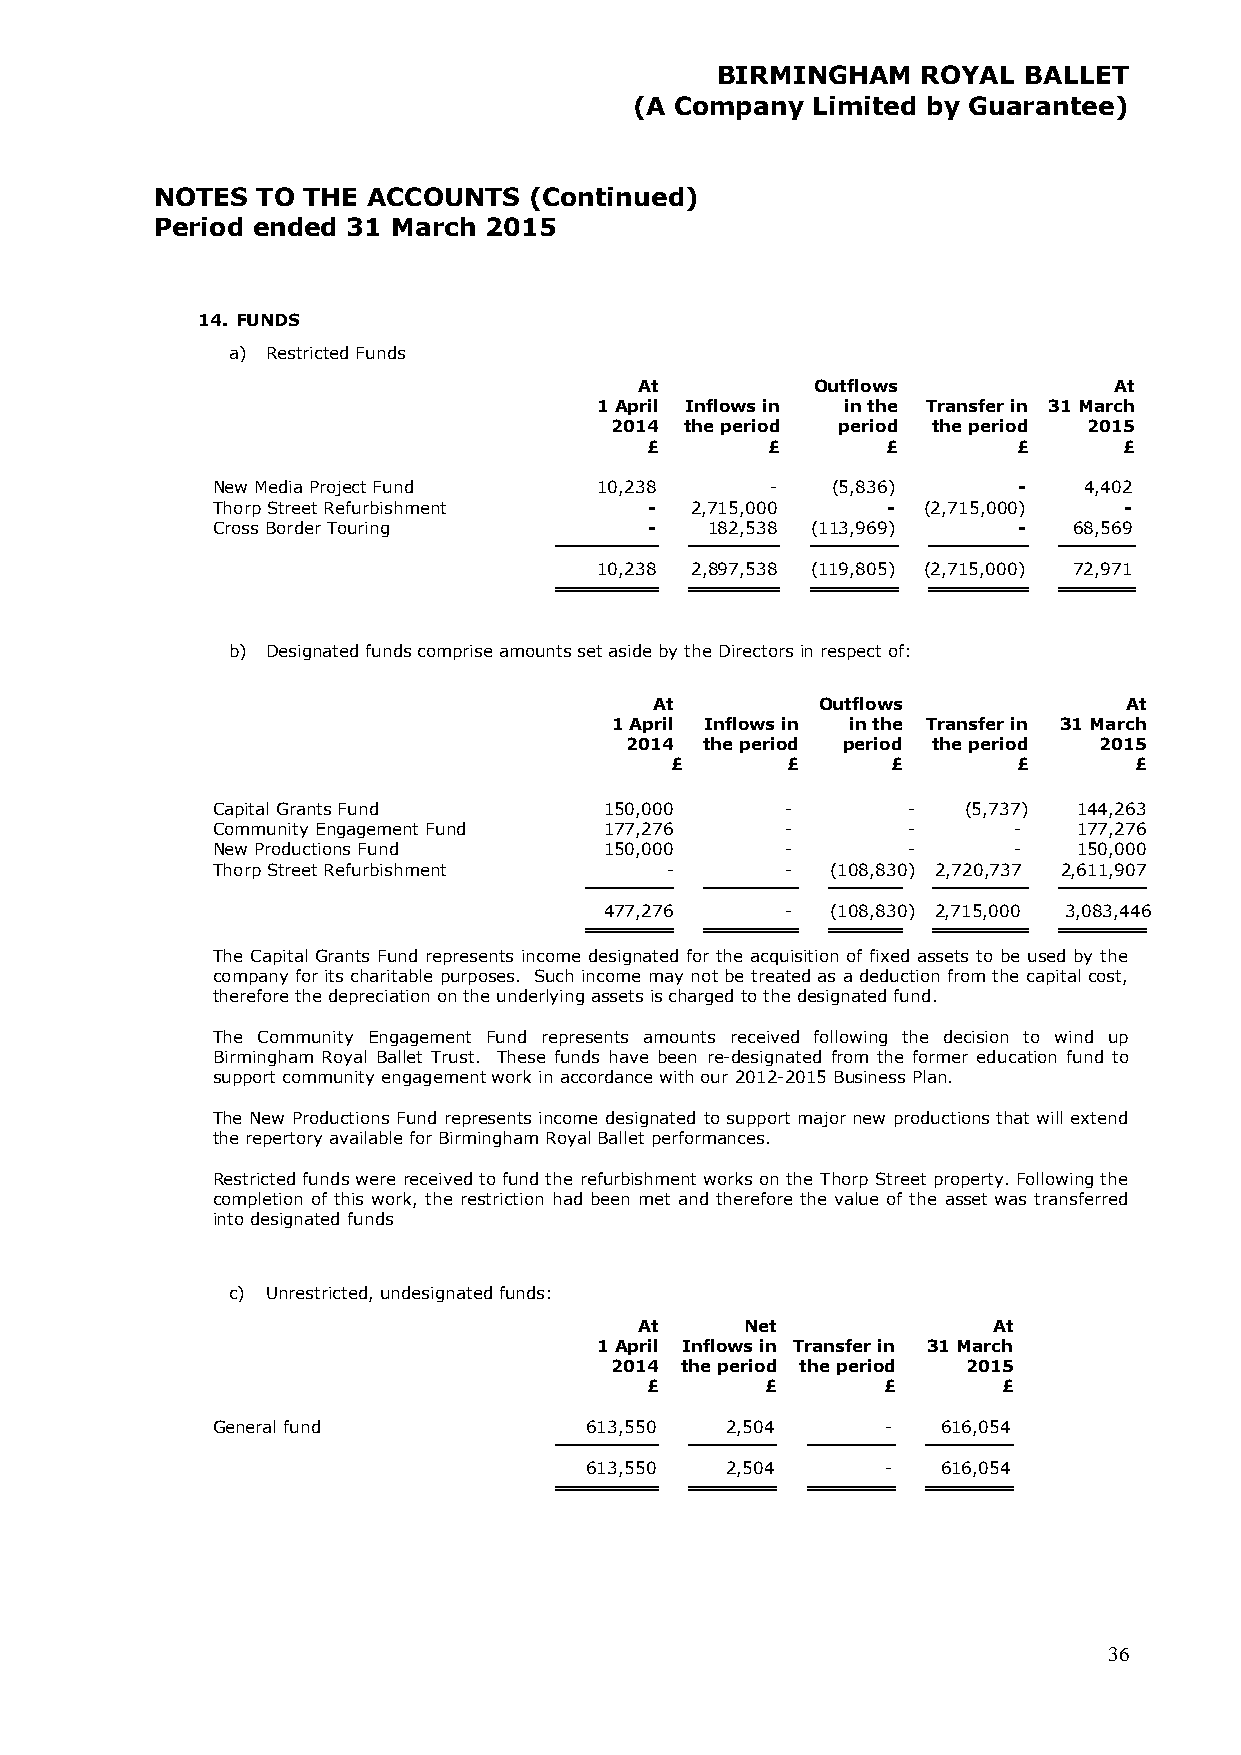
BIRMINGHAM    ROYAL  BALLET
 (A Company  Limited by Guarantee)
 NOTES  TO THE ACCOUNTS   (Continued)
 Period ended 31 March 2015
 14. FUNDS
 a) Restricted Funds
 At          Outflows            At
 1 April Inflows in in the Transfer in 31 March
 2014 the period period the period 2015
 £       £       £       £      £
 New Media Project Fund    10,238     -   (5,836)     -    4,402
 Thorp Street Refurbishment   -  2,715,000    - (2,715,000)  -
 Cross Border Touring         -   182,538 ( 113,969)  -   68,569
 10,238 2 ,897,538 ( 119,805) ( 2,715,000) 72,971
 b) Designated funds comprise amounts set aside by the Directors in respect of:
 At         Outflows             At
 1 April Inflows in in the Transfer in 31 March
 2014 the period period the period 2015
 £       £      £       £       £
 Capital Grants Fund       150,000     -       -   (5,737) 144,263
 Community Engagement Fund 177,276     -       -      -   177,276
 New Productions Fund      150,000     -       -      -   150,000
 Thorp Street Refurbishment    -       -  (108,830) 2,720,737 2,611,907
 477,276     -  ( 108,830) 2 ,715,000 3,083,446
 The Capital Grants Fund represents income designated for the acquisition of fixed assets to be used by the
 company for its charitable purposes. Such income may not be treated as a deduction from the capital cost,
 therefore the depreciation on the underlying assets is charged to the designated fund.
 The Community Engagement Fund represents amounts received following the decision to wind up
 Birmingham Royal Ballet Trust. These funds have been re-designated from the former education fund to
 support community engagement work in accordance with our 2012-2015 Business Plan.
 The New Productions Fund represents income designated to support major new productions that will extend
 the repertory available for Birmingham Royal Ballet performances.
 Restricted funds were received to fund the refurbishment works on the Thorp Street property. Following the
 completion of this work, the restriction had been met and therefore the value of the asset was transferred
 into designated funds
 c) Unrestricted, undesignated funds:
 At     Net              At
 1 April Inflows in Transfer in 31 March
 2014 the period the period 2015
 £       £      £       £
 General fund             613,550  2,504      -  616,054
 613,550  2,504      -  616,054
 36